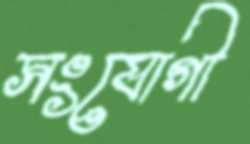
সংযোগী